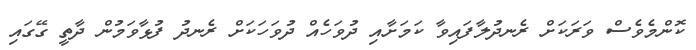
ކޮންމެވެސް ވަރަކަށް ރެނދުލާފައިވާ ކަމަށާއި ދުވަހެއް ދުވަހަކަށް ރެނދު ފުޅާވަމުން ދާތީ ގޭގައި